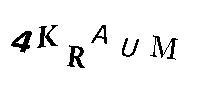
4KRAUM